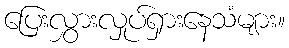
ပြေးလွှားလှုပ်ရှားနေသံများ။